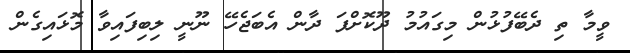
ވީމާ ތި ދެބޭފުޅުން މިގައުމު ދޫކޮށްފަ ދާން އެބަޖެހޭ ނޫނީ ލިބިފައިވާ މޮޅައިގެން